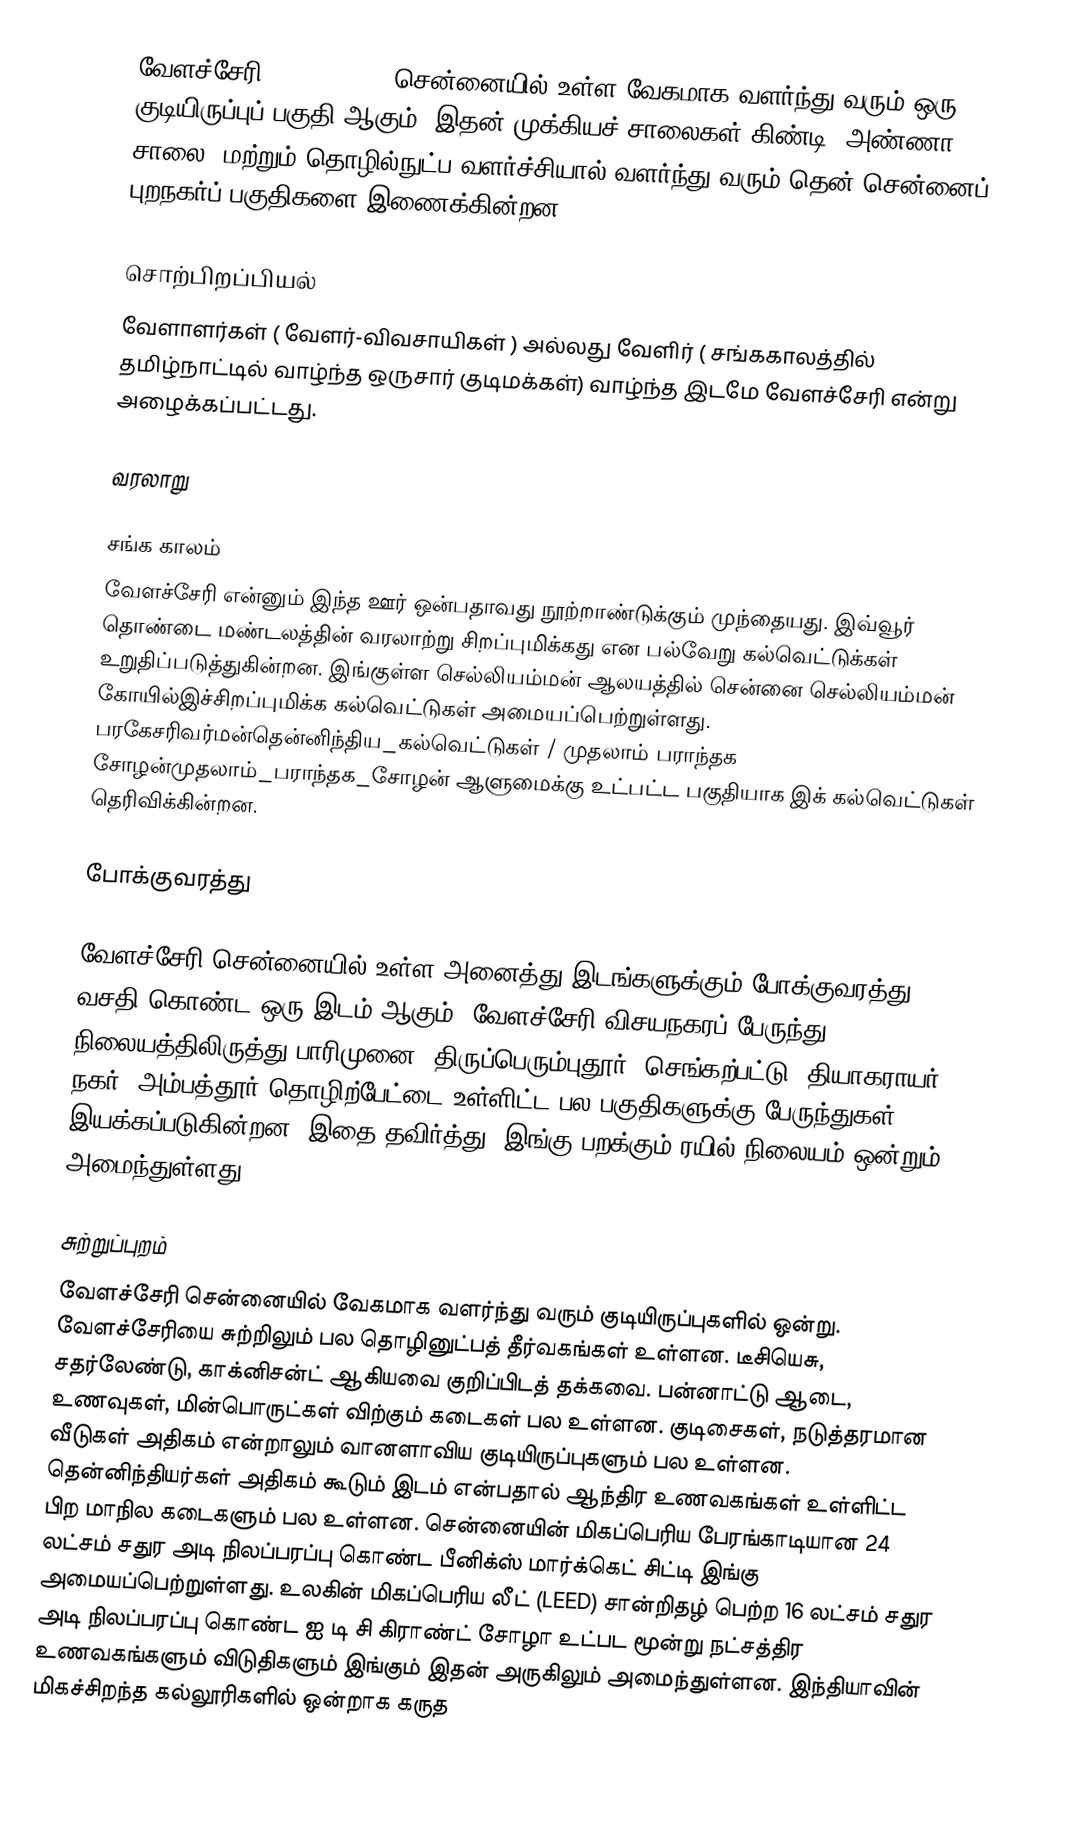
வேளச்சேரி (Velachery), சென்னையில் உள்ள வேகமாக வளர்ந்து வரும் ஒரு குடியிருப்புப் பகுதி ஆகும். இதன் முக்கியச் சாலைகள் கிண்டி, அண்ணா சாலை, மற்றும் தொழில்நுட்ப வளர்ச்சியால் வளர்ந்து வரும் தென் சென்னைப் புறநகர்ப் பகுதிகளை இணைக்கின்றன.

சொற்பிறப்பியல்
வேளாளர்கள் ( வேளர்-விவசாயிகள் ) அல்லது வேளிர் ( சங்ககாலத்தில் தமிழ்நாட்டில் வாழ்ந்த ஒருசார் குடிமக்கள்)  வாழ்ந்த இடமே வேளச்சேரி என்று அழைக்கப்பட்டது.

வரலாறு

சங்க காலம்
வேளச்சேரி என்னும் இந்த ஊர் ஒன்பதாவது  நூற்றாண்டுக்கும் முந்தையது.  இவ்வூர்  தொண்டை மண்டலத்தின் வரலாற்று சிறப்புமிக்கது என பல்வேறு கல்வெட்டுக்கள்  உறுதிப்படுத்துகின்றன.  இங்குள்ள செல்லியம்மன் ஆலயத்தில்  சென்னை செல்லியம்மன் கோயில்இச்சிறப்புமிக்க கல்வெட்டுகள் அமையப்பெற்றுள்ளது. பரகேசரிவர்மன்தென்னிந்திய_கல்வெட்டுகள் / முதலாம் பராந்தக சோழன்முதலாம்_பராந்தக_சோழன் ஆளுமைக்கு உட்பட்ட பகுதியாக இக் கல்வெட்டுகள் தெரிவிக்கின்றன.

போக்குவரத்து

வேளச்சேரி சென்னையில் உள்ள அனைத்து இடங்களுக்கும் போக்குவரத்து வசதி கொண்ட ஒரு இடம் ஆகும். வேளச்சேரி விசயநகரப் பேருந்து நிலையத்திலிருத்து பாரிமுனை, திருப்பெரும்புதூர், செங்கற்பட்டு, தியாகராயர் நகர், அம்பத்தூர் தொழிற்பேட்டை உள்ளிட்ட பல பகுதிகளுக்கு பேருந்துகள் இயக்கப்படுகின்றன. இதை தவிர்த்து, இங்கு பறக்கும் ரயில் நிலையம் ஒன்றும் அமைந்துள்ளது.

சுற்றுப்புறம்
வேளச்சேரி சென்னையில் வேகமாக வளர்ந்து வரும் குடியிருப்புகளில் ஒன்று. வேளச்சேரியை சுற்றிலும் பல தொழினுட்பத் தீர்வகங்கள் உள்ளன. டீசியெசு, சதர்லேண்டு, காக்னிசன்ட் ஆகியவை குறிப்பிடத் தக்கவை. பன்னாட்டு ஆடை, உணவுகள், மின்பொருட்கள் விற்கும் கடைகள் பல உள்ளன. குடிசைகள், நடுத்தரமான வீடுகள் அதிகம் என்றாலும் வானளாவிய குடியிருப்புகளும் பல உள்ளன. தென்னிந்தியர்கள் அதிகம் கூடும் இடம் என்பதால் ஆந்திர உணவகங்கள் உள்ளிட்ட பிற மாநில கடைகளும் பல உள்ளன. சென்னையின் மிகப்பெரிய பேரங்காடியான 24 லட்சம் சதுர அடி நிலப்பரப்பு கொண்ட பீனிக்ஸ் மார்க்கெட் சிட்டி இங்கு அமையப்பெற்றுள்ளது. உலகின் மிகப்பெரிய லீட் (LEED) சான்றிதழ் பெற்ற 16 லட்சம் சதுர அடி நிலப்பரப்பு கொண்ட ஐ டி சி கிராண்ட் சோழா உட்பட மூன்று நட்சத்திர உணவகங்களும் விடுதிகளும் இங்கும் இதன் அருகிலும் அமைந்துள்ளன. இந்தியாவின் மிகச்சிறந்த கல்லூரிகளில் ஒன்றாக கருத